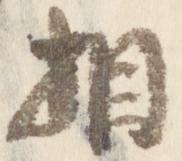
相